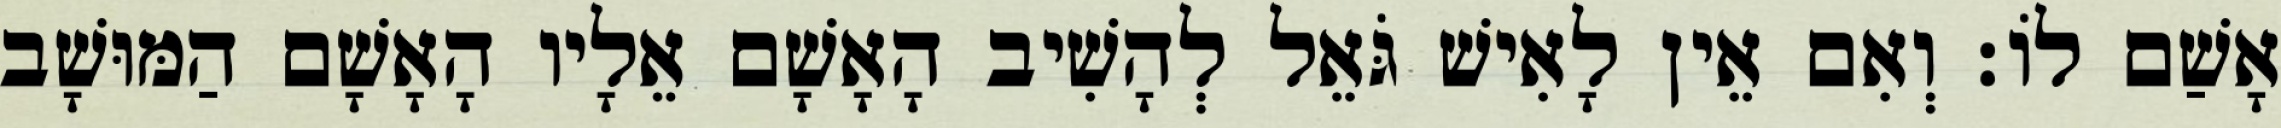
אָשַׁם לוֹ׃ וְאִם אֵין לָאִישׁ גֹּאֵל לְהָשִׁיב הָאָשָׁם אֵלָיו הָאָשָׁם הַמּוּשָׁב